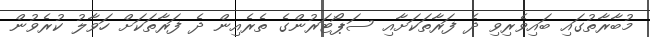
މުބާރާތުގައި ބައިވެރިވި ދެ ފަރާތަކަށާއި ސަޕޯޓަރުންގެ ތެރެއިން ދެ ފަރާތަކަށް ހަވާލު ކުރެވުން